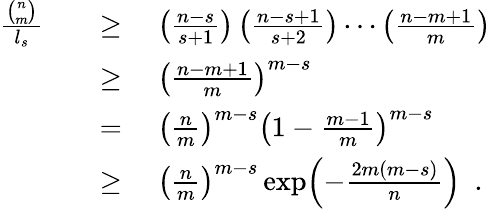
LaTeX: \begin{array}{rl}{\frac{\binom{n}{m}}{l_{s}}\quad}&{\geq\quad\left(\frac{n-s}{s+1}\right)\left(\frac{n-s+1}{s+2}\right)\dotsb\left(\frac{n-m+1}{m}\right)}\\ &{\geq\quad\left(\frac{n-m+1}{m}\right)^{m-s}}\\ &{=\quad\left(\frac{n}{m}\right)^{m-s}\left(1-\frac{m-1}{m}\right)^{m-s}}\\ &{\geq\quad\left(\frac{n}{m}\right)^{m-s}\exp\! \left(-\frac{2m(m-s)}{n}\right)\enspace.}\end{array}